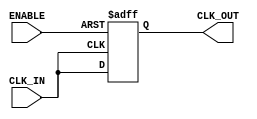
module clk_buffer (
    input wire CLK_IN,     // Input clock signal
    input wire ENABLE,     // Enable signal to control output
    output wire CLK_OUT    // Buffered clock output
);

// Internal signal for the buffered clock
reg clk_out_reg;

// Always block to drive the output based on input clock and enable signal
always @(posedge CLK_IN or negedge ENABLE) begin
    if (!ENABLE) begin
        clk_out_reg <= 1'bz; // High-impedance state when ENABLE is low
    end else begin
        clk_out_reg <= CLK_IN; // Buffer the input clock when ENABLE is high
    end
end

// Assign the buffered clock output
assign CLK_OUT = clk_out_reg;

endmodule